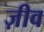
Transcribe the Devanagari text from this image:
ज़ीव